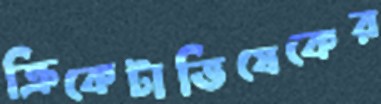
ক্রিকেটাভিষেকের